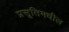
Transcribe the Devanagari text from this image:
प्रसूतिमधील